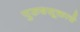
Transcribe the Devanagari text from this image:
पुरुषसूक्ताचे